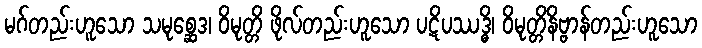
မဂ်တည်းဟူသော သမုစ္ဆေဒ၊ ဝိမုတ္တိ ဖိုလ်တည်းဟူသော ပဋိပဿဒ္ဓိ၊ ဝိမုတ္တိနိဗ္ဗာန်တည်းဟူသော